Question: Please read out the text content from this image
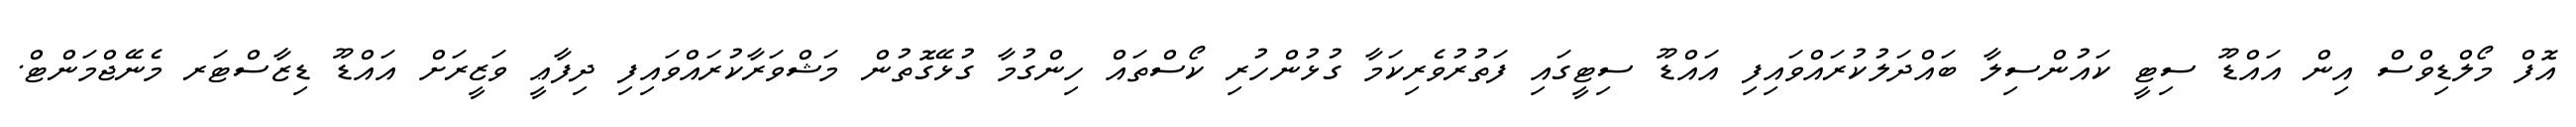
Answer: އޮފް މޯލްޑިވްސް އިން އައްޑޫ ސިޓީ ކައުންސިލާ ބައްދަލުކުރައްވައިފި އައްޑޫ ސިޓީގައި ފަތުރުވެރިކަމާ ގުޅުންހުރި ކޯސްތައް ހިންގުމާ ގުޅޭގޮތުން މަޝްވަރާކުރައްވައިފި ދިފާޢީ ވަޒީރަށް އައްޑޫ ޑިޒާސްޓަރ މެނޭޖްމަންޓް.